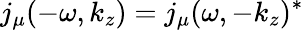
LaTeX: j_{\mu}(-\omega,k_{z})=j_{\mu}(\omega,-k_{z})^{*}